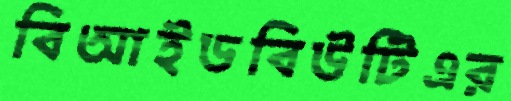
বিআইডবিউটিএর